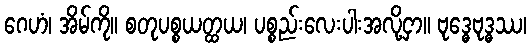
ဂေဟံ၊ အိမ်ကို။ စတုပစ္စယတ္ထယ၊ ပစ္စည်းလေးပါးအလို့ငှာ။ ဗုဒ္ဓေဗုဒ္ဓဿ၊